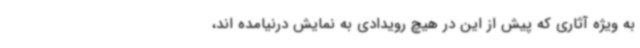
به ویژه آثاری که پیش از این در هیچ رویدادی به نمایش درنیامده اند،